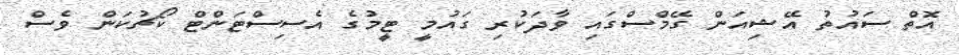
އޮތް ސައުތު އޭޝިއަން ގޭމްސްގައި ވާދަކުރި ގައުމީ ޓީމުގެ އެސިސްޓަންޓް ކޯޗުކަން ވެސް